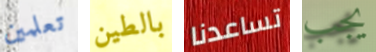
تعلمين بالطين تساعدنا يجب